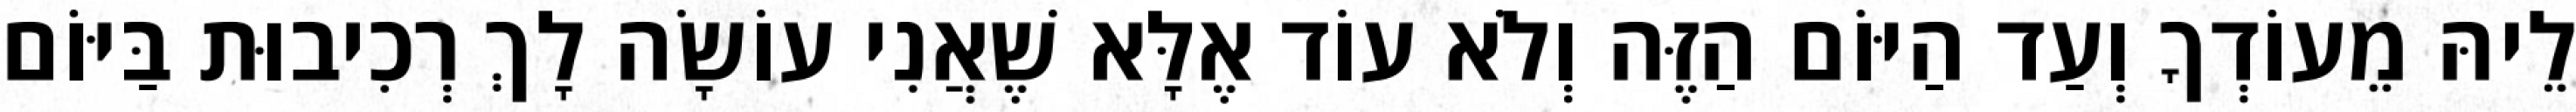
לֵיהּ מֵעוֹדְךָ וְעַד הַיּוֹם הַזֶּה וְלֹא עוֹד אֶלָּא שֶׁאֲנִי עוֹשָׂה לָךְ רְכִיבוּת בַּיּוֹם